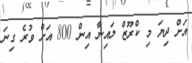
އަށް ދިޔަ މި ކްރޫޒް ލައިނާ އިން 800 އަށް ވުރެ ގިނަ